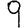
Digit: 9